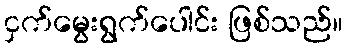
ငှက်မွေးရွက်ပေါင်း ဖြစ်သည်။